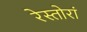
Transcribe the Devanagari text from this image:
रेस्तोरां